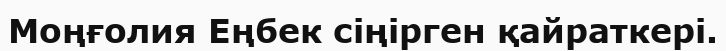
Моңғолия Еңбек сіңірген қайраткері.